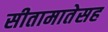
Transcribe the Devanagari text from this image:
सीतामातेसह